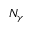
N _ { \gamma }